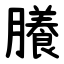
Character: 䑆